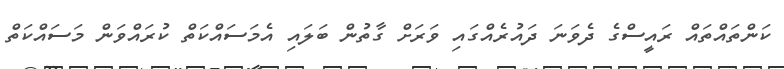
ކަންތައްތައް ރައީސްގެ ދެވަނަ ދައުރެއްގައި ވަރަށް ގާތުން ބަލައި އެމަސައްކަތް ކުރައްވަން މަސައްކަތް